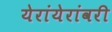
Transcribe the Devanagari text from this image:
येरांयेरांवरी